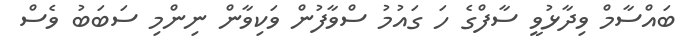
ބައްސާމް ވިދާޅުވީ ސާފްގެ ހަ ގައުމު ސްވާފުން ވަކިވާން ނިންމި ސަބަބު ވެސް